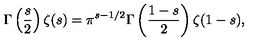
\Gamma \left( \frac { s } { 2 } \right) \zeta ( s ) = \pi ^ { s - 1 / 2 } \Gamma \left( \frac { 1 - s } { 2 } \right) \zeta ( 1 - s ) ,